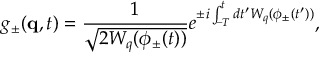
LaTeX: g _ { \pm } ( { \bf q } , t ) = \frac { 1 } { \sqrt { 2 W _ { q } ( \phi _ { \pm } ( t ) ) } } e ^ { \pm i \int _ { - T } ^ { t } d t ^ { \prime } W _ { q } ( \phi _ { \pm } ( t ^ { \prime } ) ) } ,